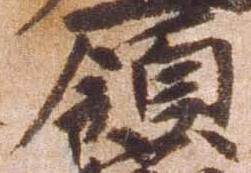
領